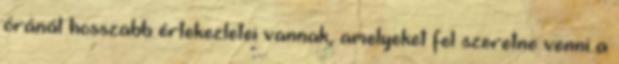
óránál hosszabb értekezletei vannak, amelyeket fel szeretne venni a